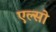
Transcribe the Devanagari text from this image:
एल्सो